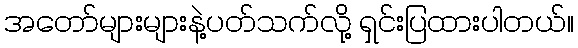
အတော်များများနဲ့ပတ်သက်လို့ ရှင်းပြထားပါတယ်။